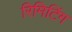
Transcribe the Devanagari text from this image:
रिमिटिंग